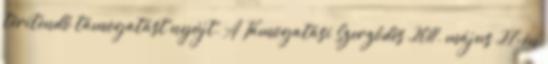
térítendő támogatást nyújt. A Támogatási Szerződés 2011. május 27-én